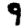
Digit: 9